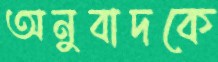
অনুবাদকে